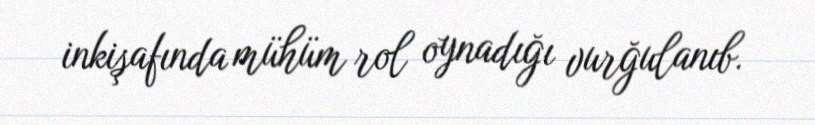
inkişafında mühüm rol oynadığı vurğulanıb.